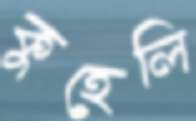
কুহেলি